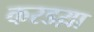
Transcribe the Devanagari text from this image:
करडय़ा